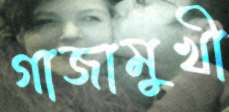
গাজামুখী